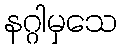
နဂ္ဂါမှသေ